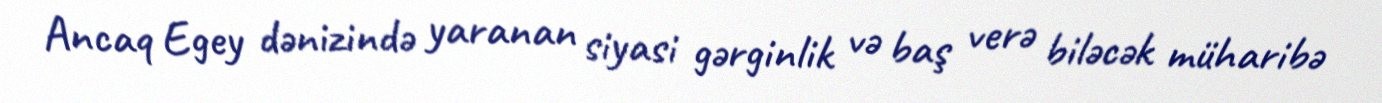
Ancaq Egey dənizində yaranan siyasi gərginlik və baş verə biləcək müharibə